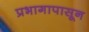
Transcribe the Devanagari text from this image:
प्रभागापासून